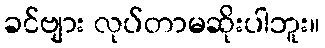
ခင်ဗျား လုပ်တာမဆိုးပါဘူး။